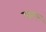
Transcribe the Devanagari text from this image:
छात्र्